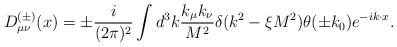
LaTeX: \begin{align*}D_{\mu\nu}^{(\pm )}(x)=\pm \frac{i}{(2\pi)^2}\int d^3k \frac{k_{\mu}k_{\nu}}{M^2}\delta (k^2-\xi M^2)\theta (\pm k_0)e^{-ik\cdot x}.\end{align*}